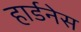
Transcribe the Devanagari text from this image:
हार्डनेस